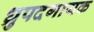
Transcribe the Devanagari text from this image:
ध्रुपदगायक